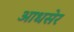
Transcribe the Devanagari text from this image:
आधसेर